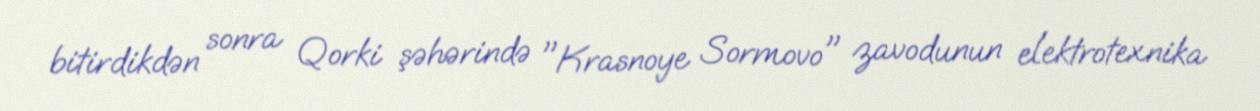
bitirdikdən sonra Qorki şəhərində "Krasnoye Sormovo" zavodunun elektrotexnika